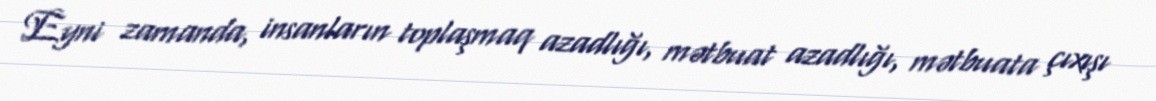
Eyni zamanda, insanların toplaşmaq azadlığı, mətbuat azadlığı, mətbuata çıxışı